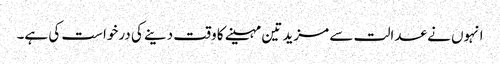
انہوں نے عدالت سے مزید تین مہینے کا وقت دینے کی درخواست کی ہے۔